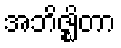
အဘိဇ္ဈိတာ